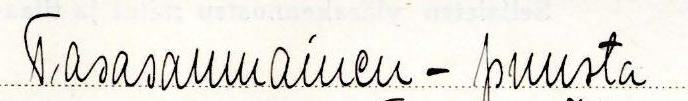
Tasasaumainen - puusta